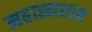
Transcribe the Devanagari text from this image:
महास्मशान